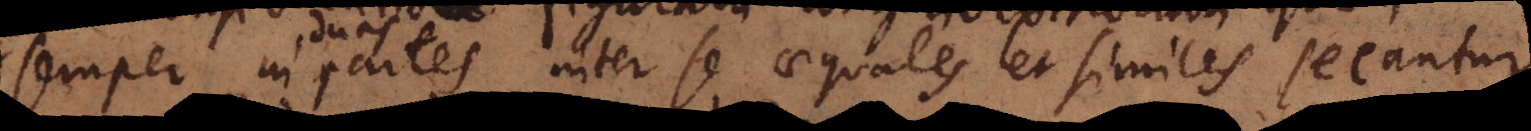
semper in duas partes inter se aequales et similes secantur